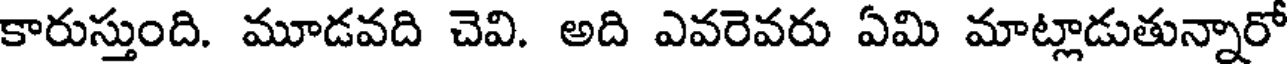
కారుస్తుంది. మూడవది చెవి. అది ఎవరెవరు ఏమి మాట్లాడుతున్నారో